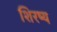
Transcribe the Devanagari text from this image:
शिरष्य